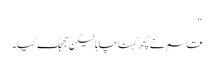
‘‘
قاسم نے کچھ کہنا چاہا لیکن جھجک گیا۔